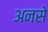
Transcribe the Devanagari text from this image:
अनसे